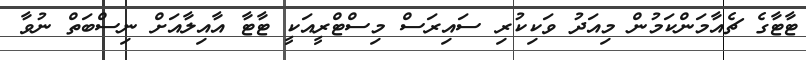
ޓާޓާގެ ޗެއާމަންކަމުން މިއަދު ވަކިކުރި ސައިރަސް މިސްޓްރީއަކީ ޓާޓާ އާއިލާއަށް ނިސްބަތް ނުވާ